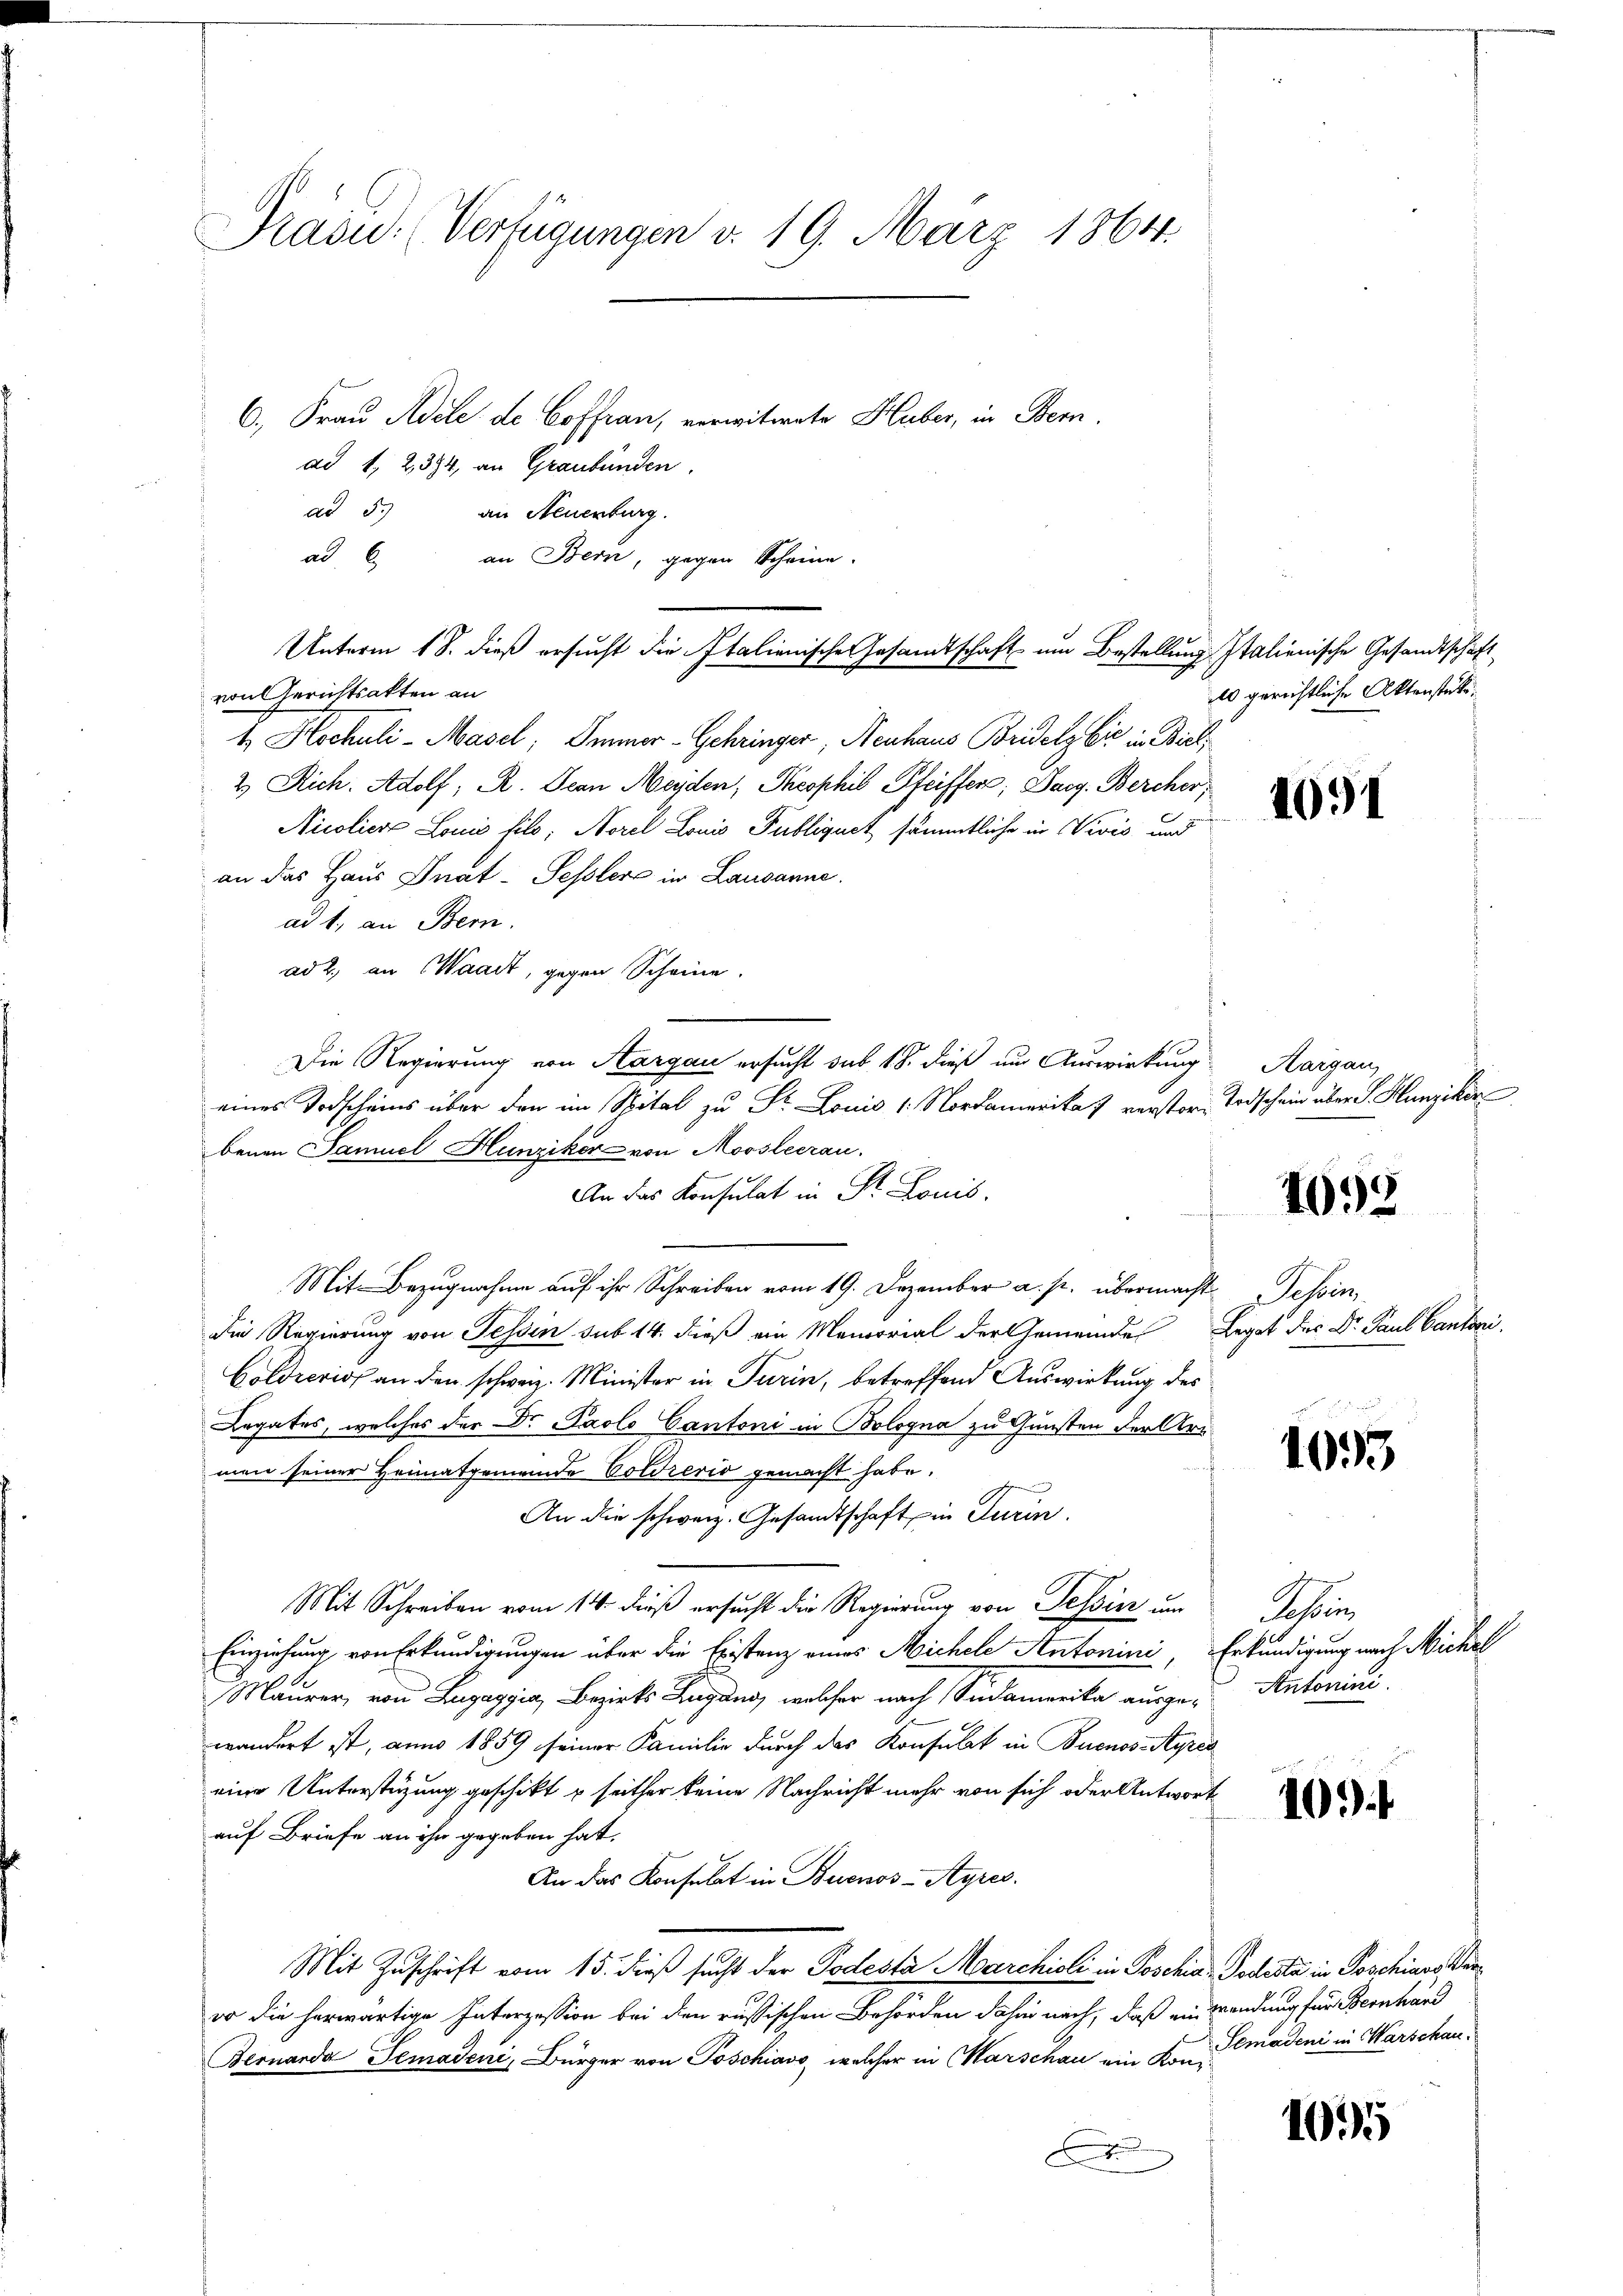
Prain. (Verfügungen d. 19. März 1864.
6., Frau Adele de Coffran, verwitwete Huber, in Bern
ad 1, 2394, an Graubünden.

ad 5.) an Neuenburg.
ad. 6. an Bern, gegen Scheine.
von Gerichtsakten an
E. Hochuli - Masel, Immer-Gehringer, Neuhaus Bridelzbir in Biel,
2) Rich. Adolf; R. Dcan Meyden, Theophis Pfeiffer, Sarg. Bercher
Nicoliere Louis filo, Norel Louis Publiquet sämmtliche in Vivis und
an das Haus Gnat-Sesslers in Lausanne.
ad 1. an Bern.
ad 2, an Waadt, gegen Scheine.
Die Regierung von Aargau ersucht sub 18. dieß um Auswirkung
eines Todscheins über den im Spital zu St. Louis 1. Nordamerika verster Todschein über S. Hunziker
benen Samuel Hunziker von Moosleerau
An das Konsulat in St. Louis.
Mit Bezugnahme auf ihr Schreiben vom 19. Dezember a. p. übermacht Tessin,
Die Regierung von Tessin sub 14. dieß ein Memorial der Gemeinde Legat des Dr. Paul Cantoni
Goldecrios an den schweiz. Minister in Turin, betreffend Auswirkung des
Legates, welches der Dr. Paolo Cantoni in Bologna zu Gunsten der Armen seiner Heimatgemeinde Voldrerio gemacht habe.
An die schweiz. Gesandtschaft in Turin,
Mit Schreiben vom 14. dieß ersucht die Regierung von Tessin um
Einziehung von Erkundigungen über die Erstenz eines Michele Antonini, Erkundigung nach Nickel
Maurer, von Lugaggia, Bezirks Zugang, welcher nach Südamerika ausgewandert ist, anno 1859 seiner Familie durch das Konsulat in Buenos-Ayres
eine Unterstüzung geschikt u seither keine Nachricht mehr von sich oder Antwort
auf Briefe an ihr gegeben hat.
An das Konsulat in Buenos-Ayres.
Mit Zuschrift vom 15. dieß sucht der Todestà Marchioli in Poschia, Todesta in Poschines Veroo die herwärtige Interzession bei den russischen Behörden dahin nach, daß ein Wendung für Bernhard
Bernarda Temadeni, Bürger von Poschiavo, welcher in Marschau ein Kon-
F

Unterm 18. dieß ersucht die Italienische Gesandtschaft um Bestellung Italienische Gesandtschaft

10 gerichtliche Aktenstrukti¬

1091

Aargau,

1098

1093

Schin
Antonini.

109

Semadeni in Warschau.

1095